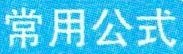
常用公式